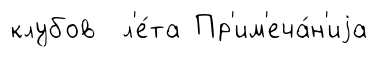
клубов л'е́та Пр'им'еча́н'иjа